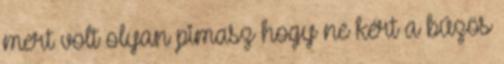
mert volt olyan pimasz hogy ne kért a bűzös